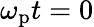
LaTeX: \omega_{\mathrm{p}}t=0